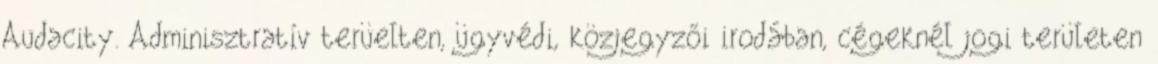
Audacity. Adminisztratív terüelten, ügyvédi, közjegyzői irodában, cégeknél jogi területen